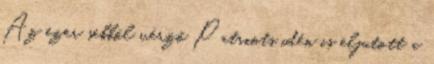
Az ezer sebből vérző Patriots idén is eljutott a